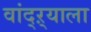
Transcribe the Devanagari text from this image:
वांद्‌ऱ्याला